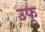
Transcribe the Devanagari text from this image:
उफ्‌